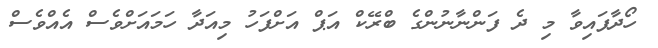
ހޯދާފައިވާ މި ދެ ފަންނާނުންގެ ބްރޭކް އަޕް އަށްފަހު މިއަދާ ހަމައަށްވެސް އެއްވެސް